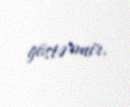
göstərmir.